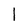
Character: 1